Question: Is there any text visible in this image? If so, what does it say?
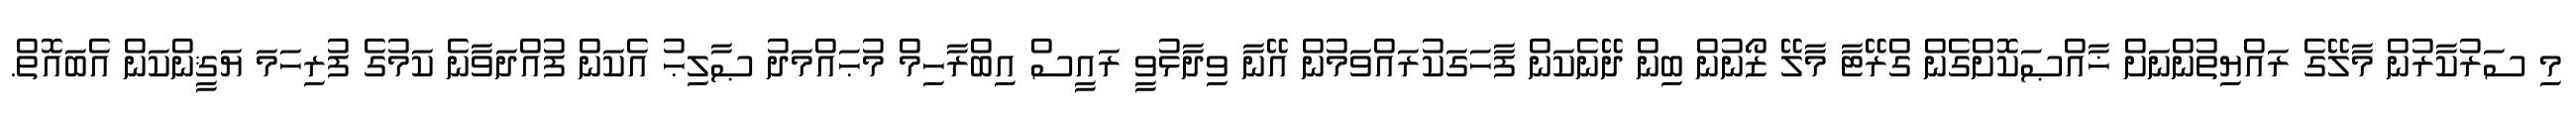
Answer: މި ސަރުކާރުން މާލޭގެ ރައްޔިތުންނަށް ޚާއްޞަކޮށްގެން ގްރޭޓާ މާލޭ ޒޯނުން ބިން ދޭނެކަން ފާހަގަކުރައްވަމުން އޭނާ ވިދާޅުވީ ރައީސް އިބްރާހިމް މުޙައްމަދު ޞާލިޙު އެކަން ފުއްދަވާނެ ކަމުގެ ފުރިހަމަ ޔަޤީންކަން އެބައޮތް.